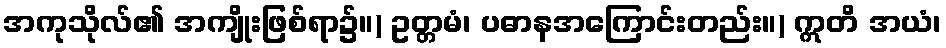
အကုသိုလ်၏ အကျိုးဖြစ်ရာ၌။) ဥတ္တမံ၊ ပဓာနအကြောင်းတည်း။) ဣတိ အယံ၊